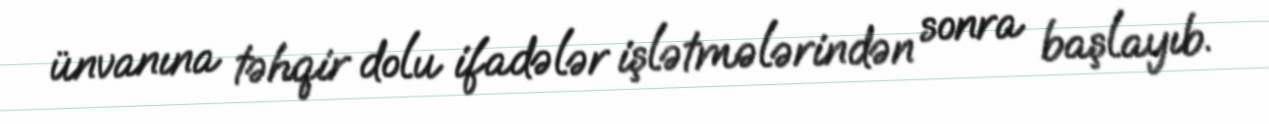
ünvanına təhqir dolu ifadələr işlətmələrindən sonra başlayıb.